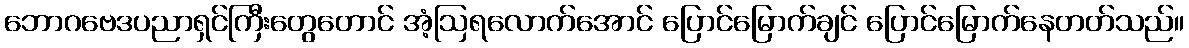
ဘောဂဗေဒပညာရှင်ကြီးတွေတောင် အံ့ဩရလောက်အောင် ပြောင်မြောက်ချင် ပြောင်မြောက်နေတတ်သည်။